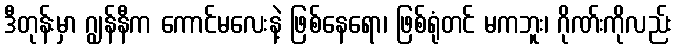
ဒီတုန်းမှာ ဂျွန်နီက ကောင်မလေးနဲ့ ဖြစ်နေရော၊ ဖြစ်ရုံတင် မကဘူး၊ ဂိုဏ်းကိုလည်း